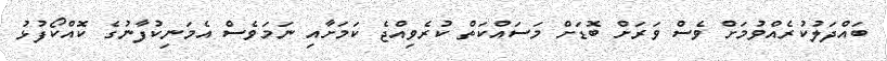
ބައްދަލުކުރެއްވުމަށް ވެސް ވަރަށް ބޮޑަށް މަސައްކަތް ކުރެވިއްޖެ ކަމަށާއި ނަމަވެސް އެމަނިކުފާނުގެ ކޮއްކޯފުޅު